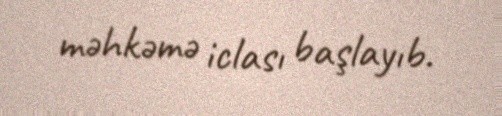
məhkəmə iclası başlayıb.